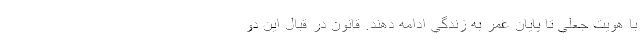
با هويت جعلي تا پايان عمر به زندگي ادامه دهند. قانون در قبال اين دو